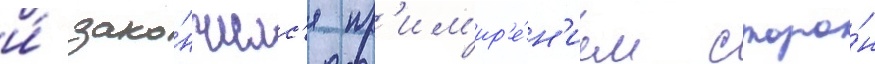
и́ зако́нчилс'я пр'им'ир'е́н'ием сторо́н